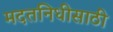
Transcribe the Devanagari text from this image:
मदतनिधीसाठी